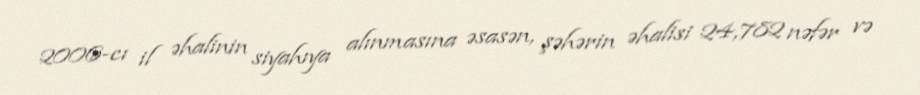
2006-cı il əhalinin siyahıya alınmasına əsasən, şəhərin əhalisi 24,782 nəfər və